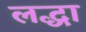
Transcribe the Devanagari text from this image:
लद्धा